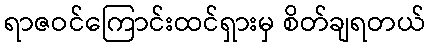
ရာဇဝင်ကြောင်းထင်ရှားမှ စိတ်ချရတယ်